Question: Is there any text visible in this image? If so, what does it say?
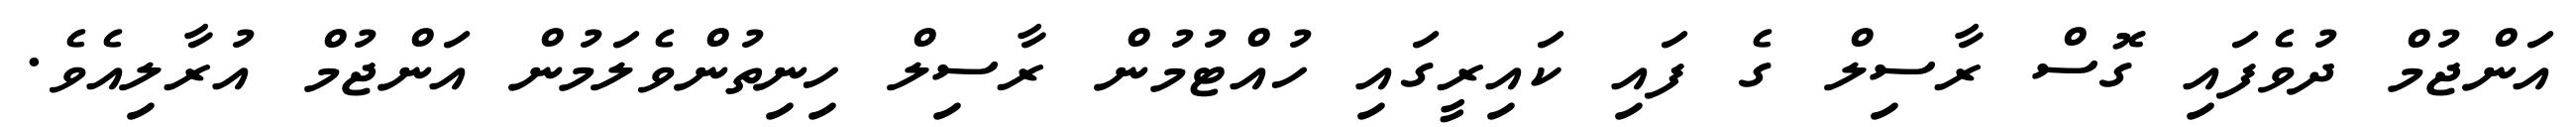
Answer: އަންޖުމް ދުވެފައި ގޮސް ރާސިލް ގެ ފައި ކައިރީގައި ހުއްޓުމުން ރާސިލް ހިނިތުންވެލަމުން އަންޖުމް އުރާލިއެވެ.